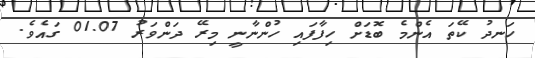
ހަނދު ކޭތަ އެންމެ ބޮޑަށް ހިފާފައި ހުންނާނީ މިރޭ ދަންވަރު 01.07 ގައެވެ.